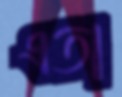
এতা